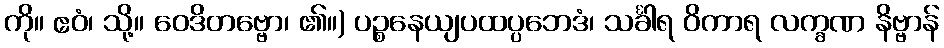
ကို။ ဧဝံ၊ သို့။ ဝေဒိတဗ္ဗော၊ ၏။) ပဉ္စနေယျပထပ္ပဘေဒံ၊ သင်္ခါရ ဝိကာရ လက္ခဏ နိဗ္ဗာန်